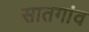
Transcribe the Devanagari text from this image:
सातगांव